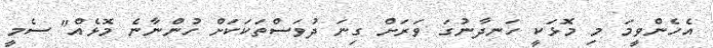
އެހެންވީމަ މި މޮޅަކީ ހަނދާނުގަ ވަރަށް ގިނަ ދުވަސްތަކަކަށް ހުންނާނެ މޮޅެއް" ސެމީ